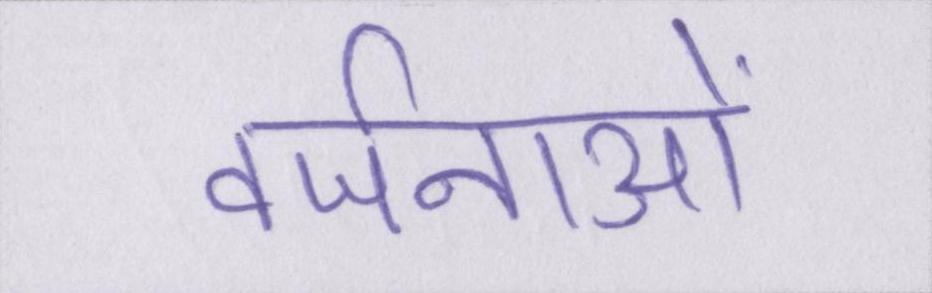
वर्जनाओं